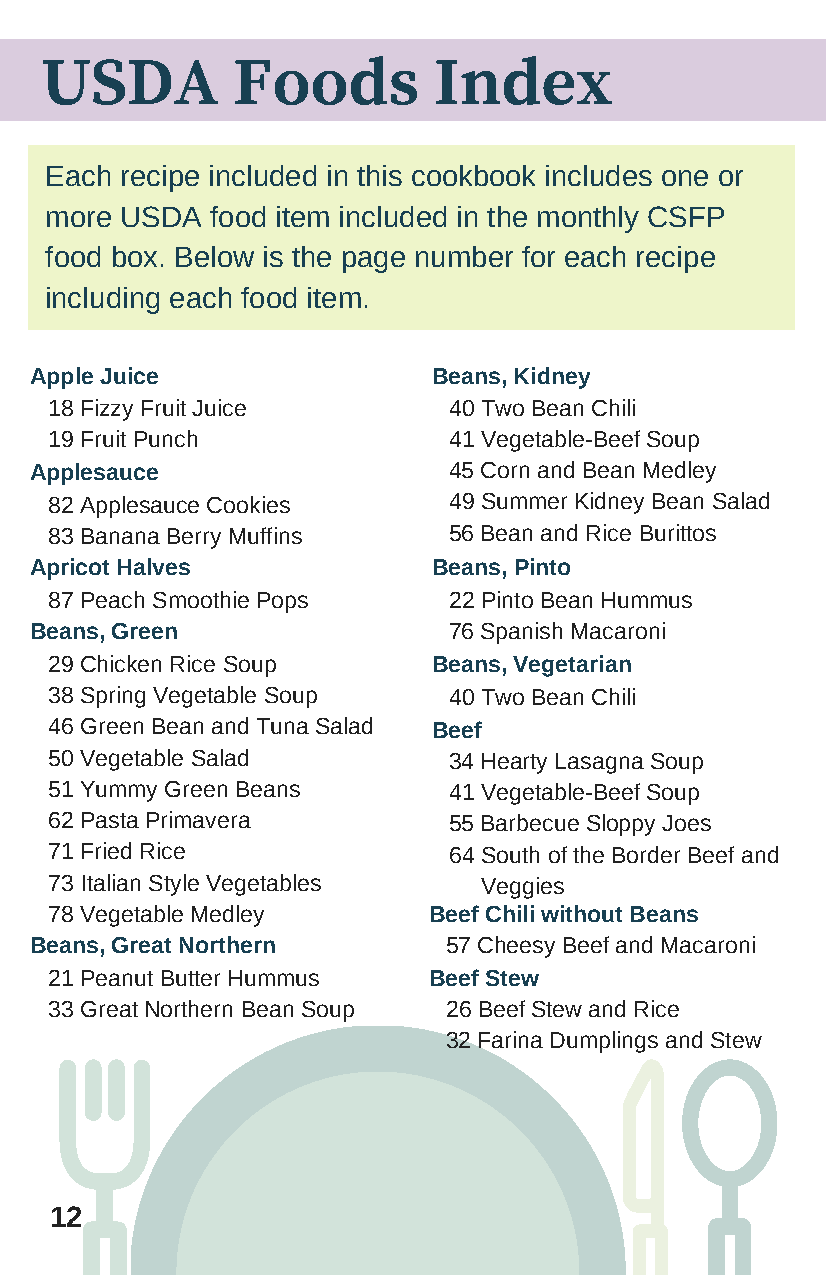
USDA        Foods         Index
 Each recipe included in this cookbook includes one or
 more USDA  food item included in the monthly CSFP
 food box. Below is the page number for each recipe
 including each food item.
 Apple Juice                Beans, Kidney
 18 Fizzy Fruit Juice       40 Two Bean Chili
 19 Fruit Punch             41 Vegetable-Beef Soup
 Applesauce                  45 Corn and Bean Medley
 82 Applesauce Cookies      49 Summer Kidney Bean Salad
 83 Banana Berry Muffins    56 Bean and Rice Burittos
 Apricot Halves             Beans, Pinto
 87 Peach Smoothie Pops     22 Pinto Bean Hummus
 Beans, Green                76 Spanish Macaroni
 29 Chicken Rice Soup      Beans, Vegetarian
 38 Spring Vegetable Soup   40 Two Bean Chili
 46 Green Bean and Tuna Salad Beef
 50 Vegetable Salad         34 Hearty Lasagna Soup
 51 Yummy Green Beans       41 Vegetable-Beef Soup
 62 Pasta Primavera         55 Barbecue Sloppy Joes
 71 Fried Rice              64 South of the Border Beef and
 73 Italian Style Vegetables  Veggies
 78 Vegetable Medley      Beef Chili without Beans
 Beans, Great Northern      57 Cheesy Beef and Macaroni
 21 Peanut Butter Hummus  Beef Stew
 33 Great Northern Bean Soup 26 Beef Stew and Rice
 32 Farina Dumplings and Stew
 12